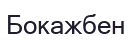
Бокажбен